Vaccination in Bombay 1856-1862 - 1856-1862
Year: 1856
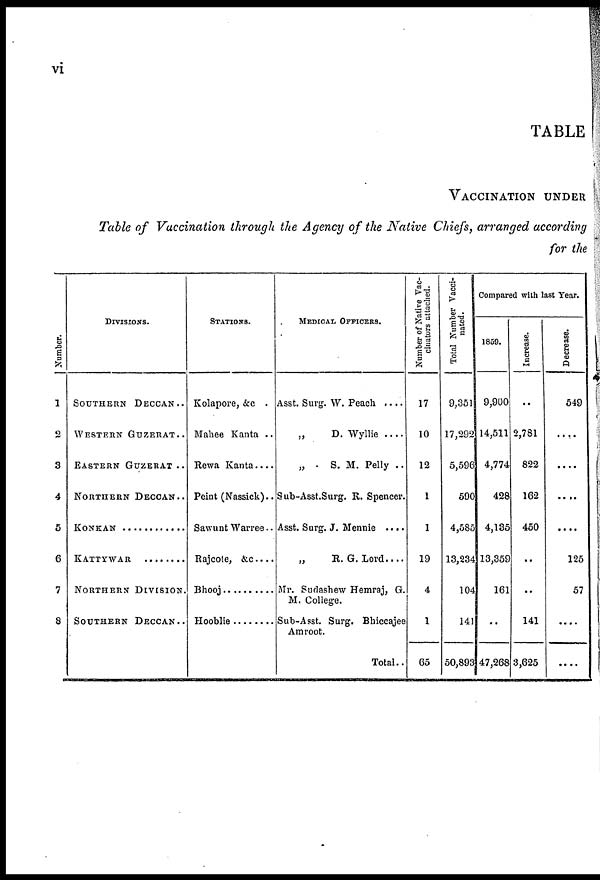
vi
TABLE
VACCINATION UNDER
Table of Vaccination through the Agency of the Native Chiefs, arranged according
for the
Number.
1
2
3
4
5
6
7
8
DIVISIONS.
SOUTHERN DECCAN..
WESTERN GUZERAT..
EASTERN GUZERAT ..
NORTHERN DECCAN..
KONKAN ............
KATTYWAR ........
NORTHERN DIVISION.
SOURTERN DECCAN..
STATIONS.
Kolapore, &c .
Mahee Kanta ..
Rewa Kanta....
Peint (Nassick)..
Sawunt Warree..
Rajcote, &c....
Bhooj ..........
Hooblie ........
MEDICAL OFFICERS.
Asst. Surg. W. Peach ....
„
D. Wyllie ....
„
S. M. Pelly ..
Sub-Asst.Surg. R. Spencer.
Asst. Surg. J. Mennie ....
„
R. G. Lord....
Mr. Sudashew Hemraj, G.
M. College.
Sub-Asst. Surg. Bhiccajee
Amroot.
Total..
Number of Native Vac¬
cinators attached.
17
10
12
1
1
19
4
1
65
Total Number Vacci-
nated.
9,351
17,292
5,596
590
4,585
13,234
104
141
50,893
Compared with last Year.
1859.
9,900
14,511
4,774
428
4,135
13,359
161
..
47,268
Increase.
..
2,781
822
162
450
..
..
141
3,625
Decrease.
549
....
....
....
....
125
57
....
....